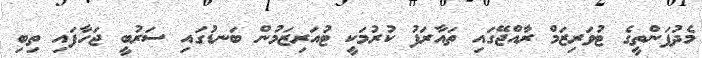
މެދުފަންތީގެ ޓުވަރިޒަމް ރާއްޖޭގައި ތައާރަފު ކުރުމަކީ ޓުއަރިޒަމުން ބަނޑުގައި ސަރުބީ ޖަހާފައި ތިބި